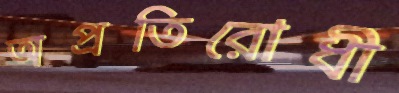
অপ্রতিরোধী